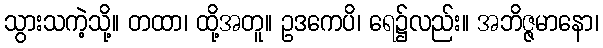
သွားသကဲ့သို့။ တထာ၊ ထို့အတူ။ ဥဒကေပိ၊ ရေ၌လည်း။ အဘိဇ္ဇမာနော၊